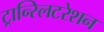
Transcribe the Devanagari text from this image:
ट्रान्स्लिटरेशन